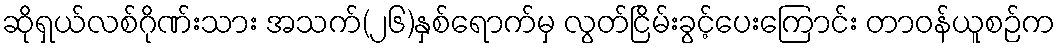
ဆိုရှယ်လစ်ဂိုဏ်းသား အသက်(၂၆)နှစ်ရောက်မှ လွတ်ငြိမ်းခွင့်ပေးကြောင်း တာဝန်ယူစဉ်က